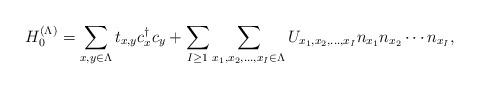
LaTeX: \begin{align*}H_0^{(\Lambda)}=\sum_{x,y\in\Lambda}t_{x,y}c_x^\dagger c_y+\sum_{I\ge 1}\sum_{x_1,x_2,\ldots,x_I\in\Lambda}U_{x_1,x_2,\ldots,x_I} n_{x_1}n_{x_2}\cdots n_{x_I},\end{align*}